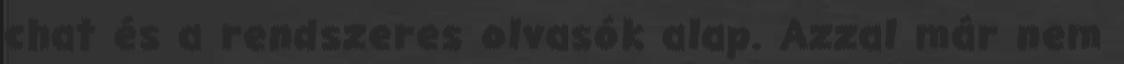
chat és a rendszeres olvasók alap. Azzal már nem